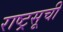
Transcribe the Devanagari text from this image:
राष्ट्रसूची